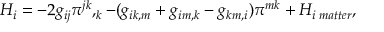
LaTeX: H _ { i } = - 2 g _ { i j } \pi ^ { j k } , _ { k } - ( g _ { i k , m } + g _ { i m , k } - g _ { k m , i } ) \pi ^ { m k } + H _ { i \; m a t t e r } ,